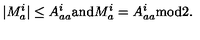
| M _ { a } ^ { i } | \leq A _ { a a } ^ { i } \mathrm { a n d } M _ { a } ^ { i } = A _ { a a } ^ { i } \mathrm { m o d } 2 .